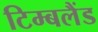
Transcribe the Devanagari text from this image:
टिम्बलैंड